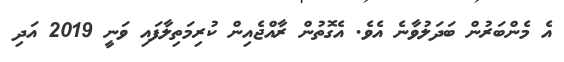
އެ މެންބަރުން ބަދަލުވާނެ އެވެ. އެގޮތުން ރާއްޖެއިން ކުރިމަތިލާފައި ވަނީ 2019 އަދި